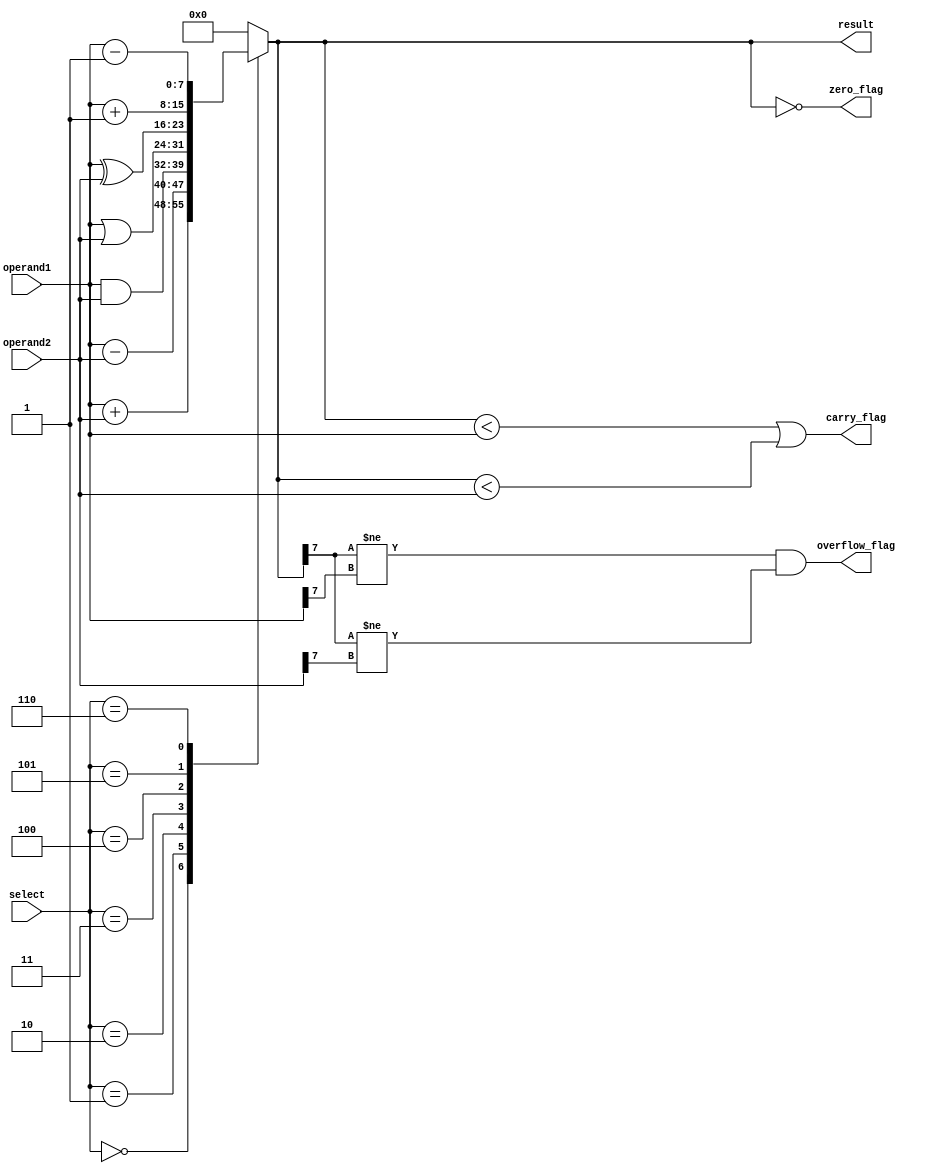
module ALU (
    input [7:0] operand1,
    input [7:0] operand2,
    input [2:0] select,
    output reg [7:0] result,
    output reg zero_flag,
    output reg carry_flag,
    output reg overflow_flag
);

always @ (operand1, operand2, select) begin
    case (select)
        3'b000: result = operand1 + operand2; // Addition
        3'b001: result = operand1 - operand2; // Subtraction
        3'b010: result = operand1 & operand2; // Bitwise AND
        3'b011: result = operand1 | operand2; // Bitwise OR
        3'b100: result = operand1 ^ operand2; // Bitwise XOR
        3'b101: result = operand1 + 1; // Increment
        3'b110: result = operand1 - 1; // Decrement
        default: result = 8'b0; // Default case
    endcase
    zero_flag = (result == 8'b0);
    carry_flag = (result < operand1) || (result < operand2);
    overflow_flag = (result[7] != operand1[7]) && (result[7] != operand2[7]);
end

endmodule